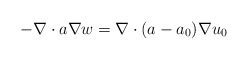
\begin{align*}-\nabla\cdot a\nabla w=\nabla\cdot(a-a_0)\nabla u_0\end{align*}